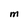
Character: M